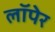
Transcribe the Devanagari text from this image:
लॉपेर